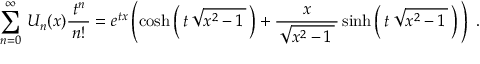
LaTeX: \sum _ { n = 0 } ^ { \infty } \, U _ { n } ( x ) { \frac { \; t ^ { n } \, } { n ! } } = e ^ { t x } \left( \cosh \left( \, t \, { \sqrt { x ^ { 2 } - 1 \, } } \, \right) + { \frac { x } { \, { \sqrt { x ^ { 2 } - 1 \, } } \, } } \sinh \left( \, t \, { \sqrt { x ^ { 2 } - 1 \, } } \, \right) \, \right) ~ .